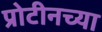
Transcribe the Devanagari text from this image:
प्रोटीनच्या